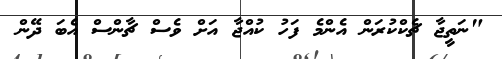
"ނަތީޖާ ޗެކްކުރަން އެންމެ ފަހު ކުއްޖާ އަށް ވެސް ޗާންސް އެބަ ދޭން